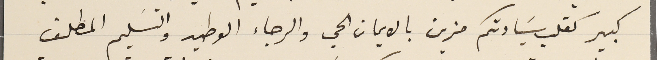
كبير كقلب سَيادتكم مزين بالايمان الحي والرجاء الوطيد والتسَليم المطلق